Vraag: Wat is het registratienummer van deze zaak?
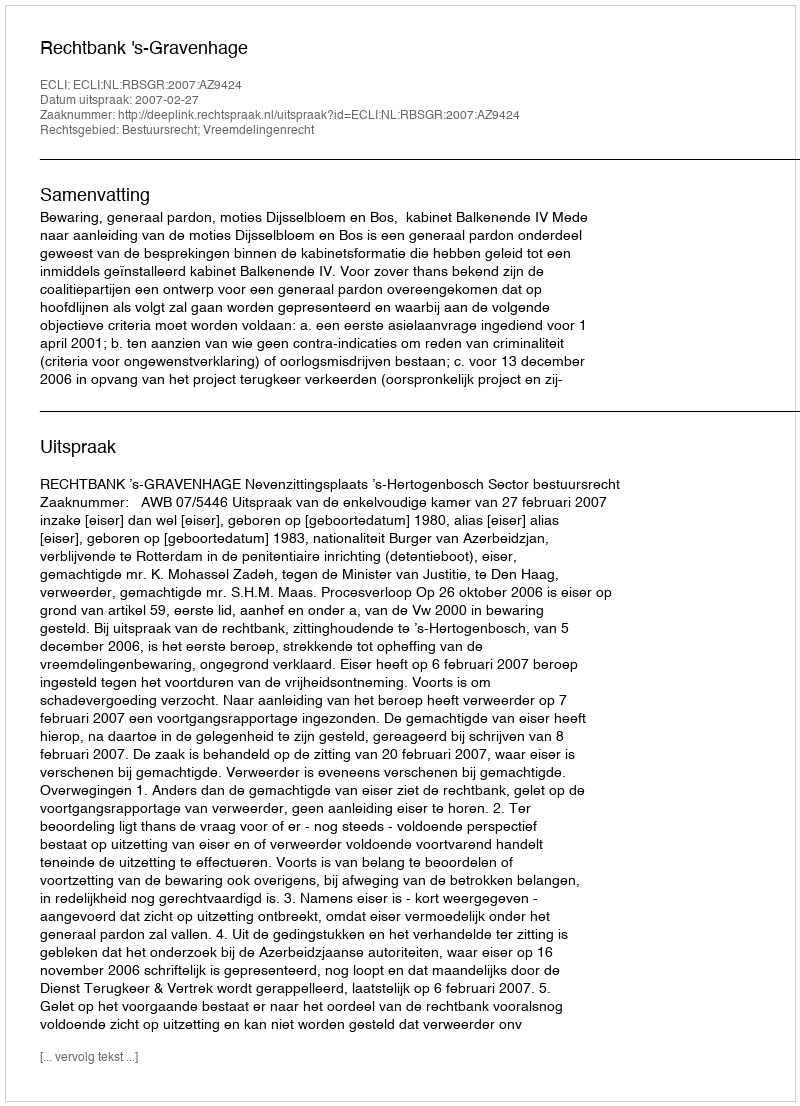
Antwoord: http://deeplink.rechtspraak.nl/uitspraak?id=ECLI:NL:RBSGR:2007:AZ9424